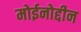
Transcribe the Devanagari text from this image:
मोईनोद्दीन